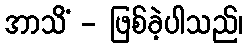
အာသိံ - ဖြစ်ခဲ့ပါသည်၊